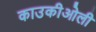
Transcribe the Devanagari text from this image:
काउकीओली